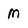
Character: m